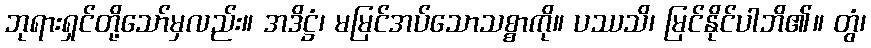
ဘုရားရှင်တို့သော်မှလည်း။ အဒိဋ္ဌံ၊ မမြင်အပ်သောသစ္စာကို။ ပဿသိ၊ မြင်နိုင်ပါဘိ၏။ တွံ၊